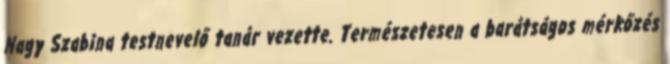
Nagy Szabina testnevelő tanár vezette. Természetesen a barátságos mérkőzés